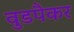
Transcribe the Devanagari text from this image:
वुडपैकर